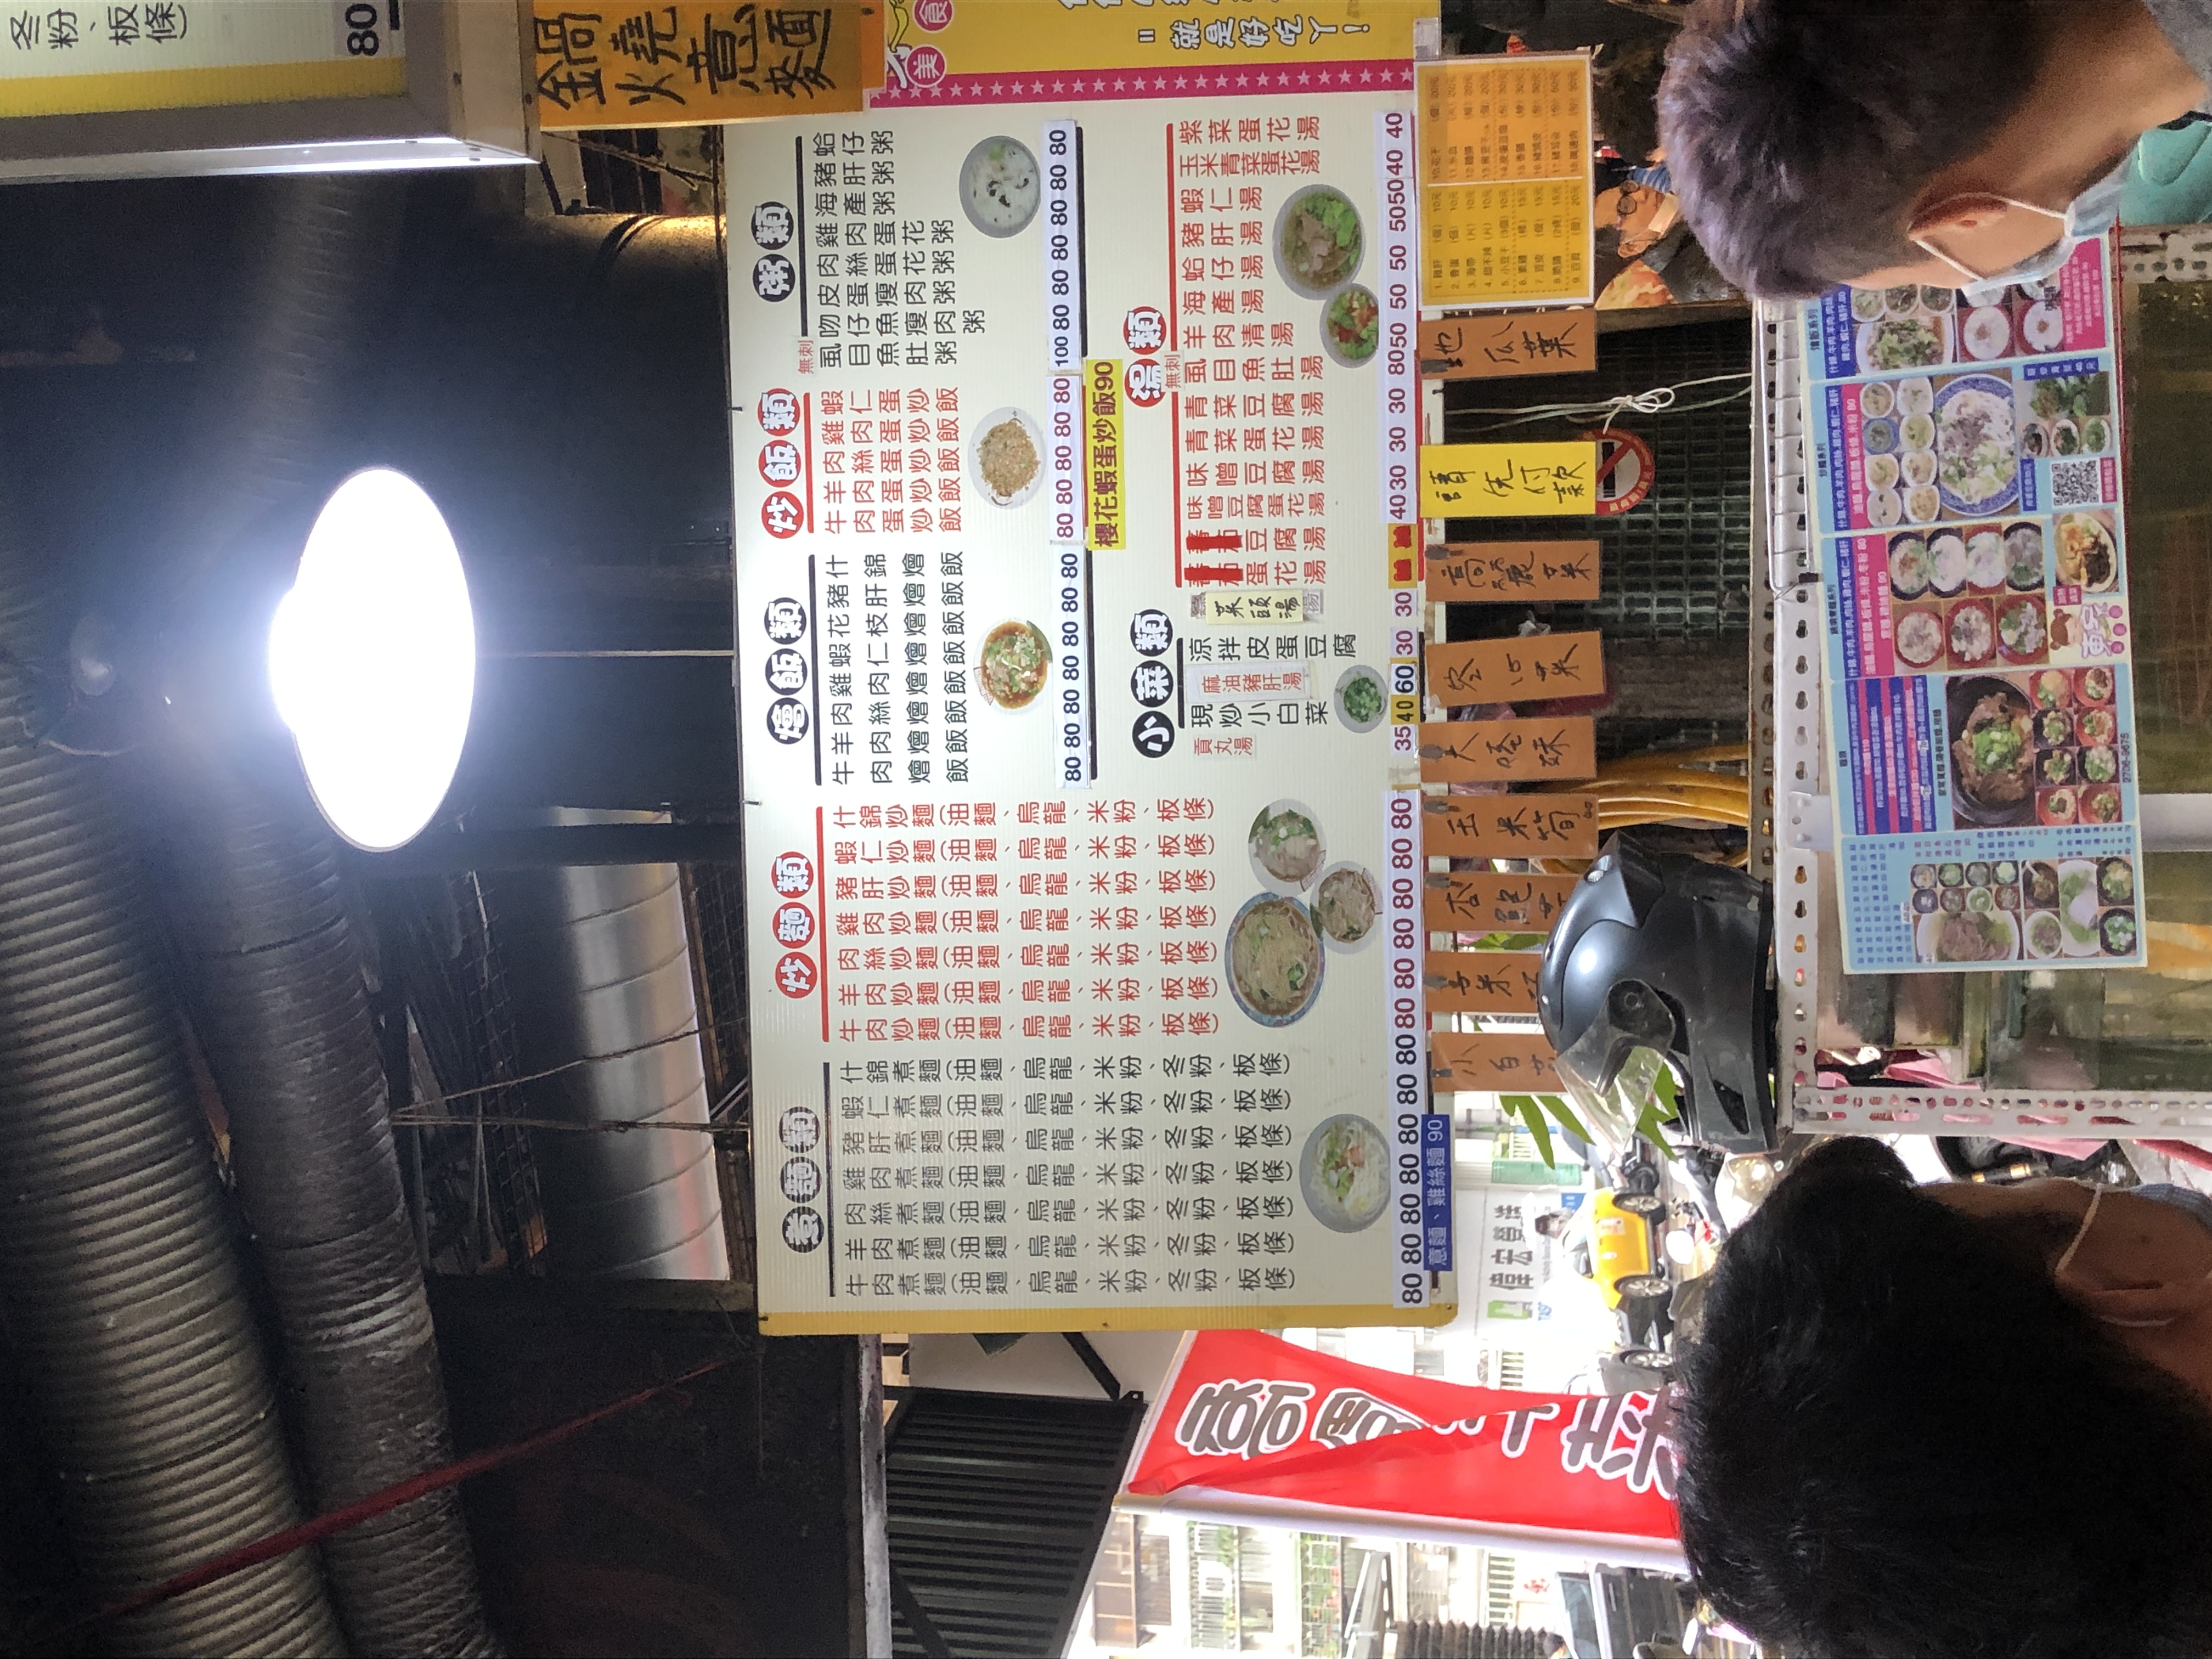
餐廳：金鼎意麵
電話：2708-3475
菜單：
name: 牛羊肉雞蝦蚵什錦炒麵
price: 80
name: 肉絲炒麵
price: 80
name: 肉燥炒麵
price: 80
name: 滷味炒麵
price: 80
name: 牛羊肉雞蝦蚵什錦湯麵
price: 80
name: 肉絲湯麵
price: 80
name: 肉燥湯麵
price: 80
name: 滷味湯麵
price: 80
name: 牛羊肉雞蝦蚵什錦乾麵
price: 80
name: 肉絲乾麵
price: 80
name: 肉燥乾麵
price: 80
name: 滷味乾麵
price: 80
name: 牛肉粥
price: 80
name: 羊肉粥
price: 80
name: 雞肉粥
price: 80
name: 海鮮粥
price: 80
name: 魚片粥
price: 80
name: 瘦肉粥
price: 80
name: 皮蛋瘦肉粥
price: 80
name: 廣東粥
price: 80
name: 招牌粥
price: 100
name: 味噌豆腐湯
price: 30
name: 青菜豆腐湯
price: 30
name: 青菜蛋花湯
price: 30
name: 麻油豬肝湯
price: 40
name: 蝦仁湯
price: 40
name: 蚵仔湯
price: 40
name: 綜合湯
price: 50
name: 紫菜湯
price: 50
name: 玉米蛋花湯
price: 50
name: 涼拌豬肝
price: 40
name: 現炒小白菜
price: 60
name: 貢丸湯
price: 35
name: 涼拌肝
price: 20
name: 魯蛋
price: 10
name: 海帶
price: 10
name: 油豆腐
price: 10
name: 小豆干
price: 10
name: 素雞
price: 13
name: 百頁
price: 10
name: 豬頭皮
price: 20
name: 豬耳朵
price: 20
name: 豬血糕
price: 20